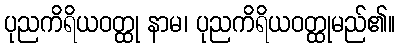
ပုညကိရိယဝတ္ထု နာမ၊ ပုညကိရိယဝတ္ထုမည်၏။